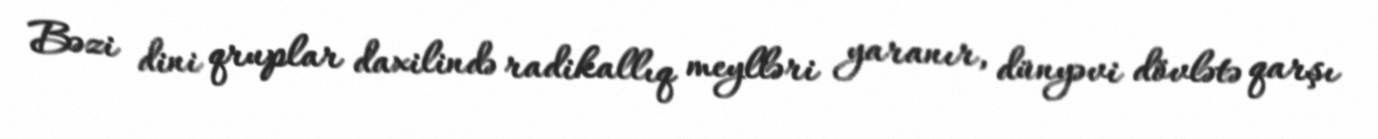
Bəzi dini qruplar daxilində radikallıq meylləri yaranır, dünyəvi dövlətə qarşı